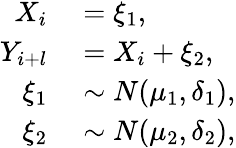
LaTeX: \begin{array}{rl}{X_{i}}&{{}=\xi_{1},}\\ {Y_{i+l}}&{{}=X_{i}+\xi_{2},}\\ {\xi_{1}}&{{}\sim N(\mu_{1},\delta_{1}),}\\ {\xi_{2}}&{{}\sim N(\mu_{2},\delta_{2}),}\end{array}